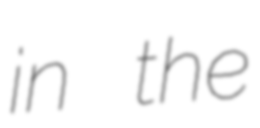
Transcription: in the